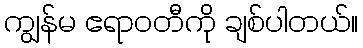
ကျွန်မ ဧရာဝတီကို ချစ်ပါတယ်။